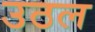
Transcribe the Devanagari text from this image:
उठल